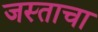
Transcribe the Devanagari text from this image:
जस्ताचा